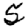
Digit: 5